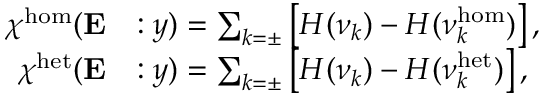
\begin{array} { r l } { \chi ^ { \mathrm { h o m } } ( \mathbf { E } } & { : y ) = \sum _ { k = \pm } \left[ H ( \nu _ { k } ) - H ( \nu _ { k } ^ { \mathrm { h o m } } ) \right] , } \\ { \chi ^ { \mathrm { h e t } } ( \mathbf { E } } & { : y ) = \sum _ { k = \pm } \left[ H ( \nu _ { k } ) - H ( \nu _ { k } ^ { \mathrm { h e t } } ) \right] , } \end{array}